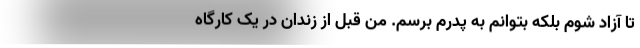
تا آزاد شوم بلکه بتوانم به پدرم برسم. من قبل از زندان در یک کارگاه